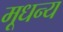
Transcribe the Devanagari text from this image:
मूधन्य